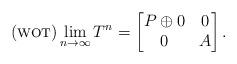
LaTeX: \begin{align*} \textrm{$(${\sc wot}$)$} \lim_{n\to \infty} T^n =\begin{bmatrix} P \oplus 0 & 0 \\ 0 & A\end{bmatrix}. \end{align*}